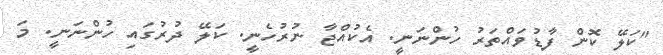
"ކަލޭ ކޮން ފާޑުވައްތަރު ހުންނަނީ. އެކުއްޖާ ނުރުހެނީ. ކަލޭ ދުރުގައި ހުންނަނީ. މަ